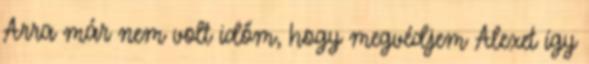
Arra már nem volt időm, hogy megvédjem Alexet így